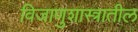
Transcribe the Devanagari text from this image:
विजाणुशास्त्रातील